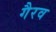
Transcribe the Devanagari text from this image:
गैरव